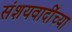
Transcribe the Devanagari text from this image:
संशयवादींच्या